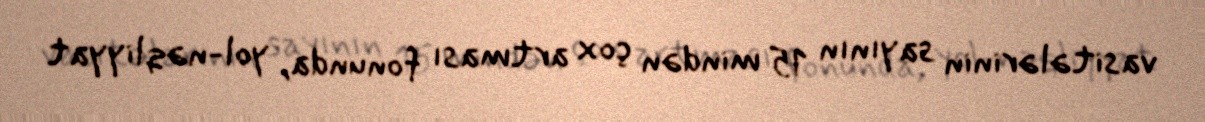
vasitələrinin sayının 15 mindən çox artması fonunda, yol-nəqliyyat